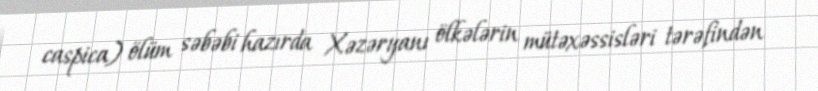
caspica) ölüm səbəbi hazırda Xəzəryanı ölkələrin mütəxəssisləri tərəfindən